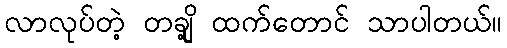
လာလုပ်တဲ့ တချို့ ထက်တောင် သာပါတယ်။